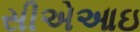
સીએઆઇ